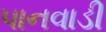
પાનવાડી